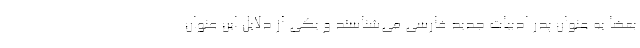
بعضا به عنوان پدر ادبیات جدید فارسی می‌شناسند و یکی از دلایل این عنوان